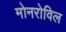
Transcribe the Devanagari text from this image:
मोनरोविल